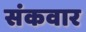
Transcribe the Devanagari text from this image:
संकवार